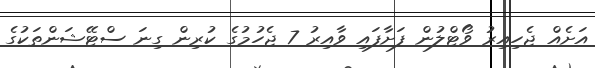
އަށެއް ޖެހިއިރު ވޯޓްލުން ފަށާފައި ވާއިރު 7 ޖެހުމުގެ ކުރިން ގިނަ ސްޓޭޝަންތަކުގެ